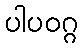
ပါပဝဂ္ဂ